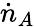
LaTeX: {\dot{n}}_{A}